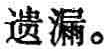
遗漏。